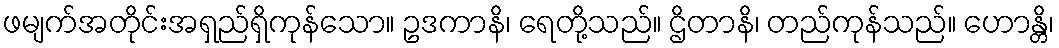
ဖမျက်အတိုင်းအရှည်ရှိကုန်သော။ ဥဒကာနိ၊ ရေတို့သည်။ ဌိတာနိ၊ တည်ကုန်သည်။ ဟောန္တိ၊